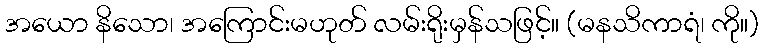
အယော နိသော၊ အကြောင်းမဟုတ် လမ်းရိုးမှန်သဖြင့်။ (မနသိကာရံ၊ ကို။)